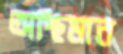
অস্থিমান